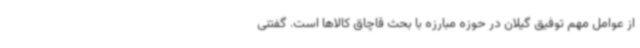
از عوامل مهم توفیق گیلان در حوزه مبارزه با بحث قاچاق کالاها است. گفتنی